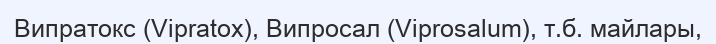
Випратокс (Vіpratox), Випросал (Vіprosalum), т.б. майлары,